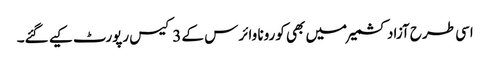
اسی طرح آزاد کشمیر میں بھی کورونا وائرس کے 3 کیس رپورٹ کیے گئے۔